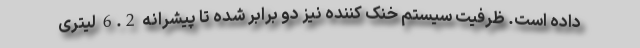
داده است. ظرفیت سیستم خنک کننده نیز دو برابر شده تا پیشرانه 6.2 لیتری